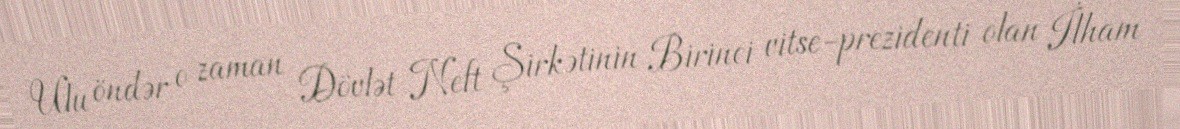
Ulu öndər o zaman Dövlət Neft Şirkətinin Birinci vitse-prezidenti olan İlham